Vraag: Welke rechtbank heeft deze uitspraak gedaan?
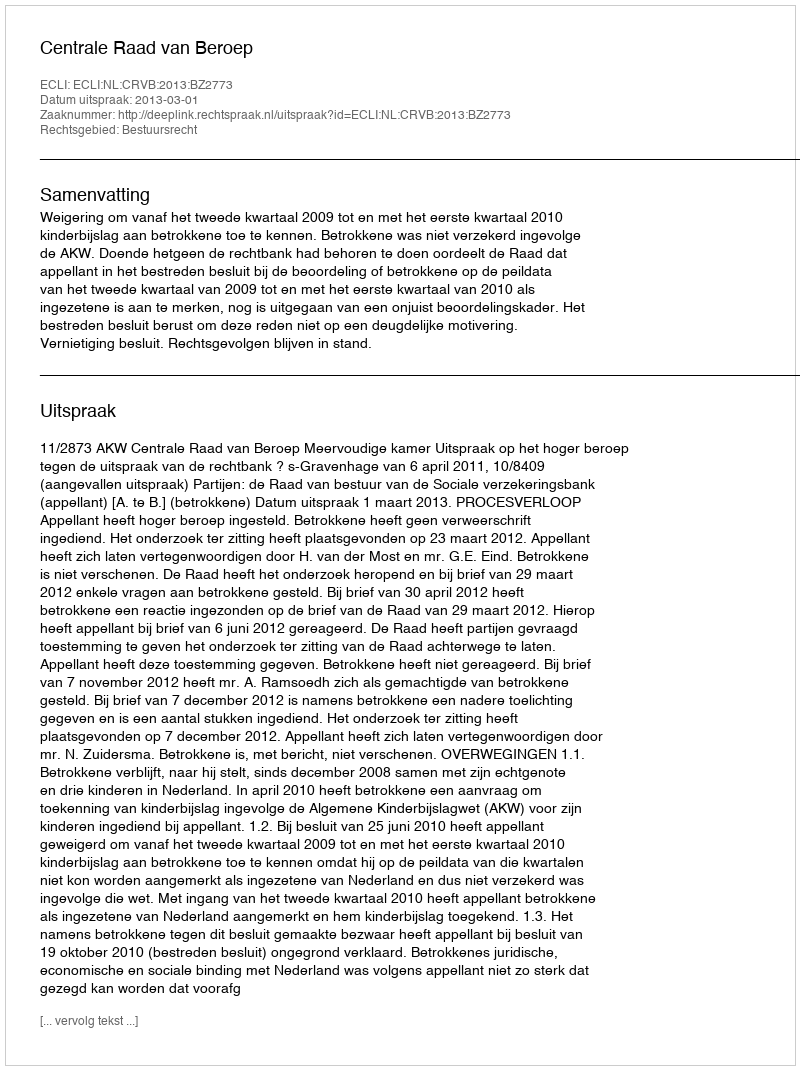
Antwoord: Centrale Raad van Beroep